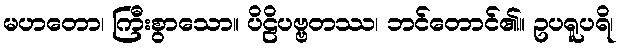
မဟတော၊ ကြီးစွာသော။ ပိဠိပဗ္ဗတဿ၊ ဘင်တောင်၏။ ဥပရူပရိ၊